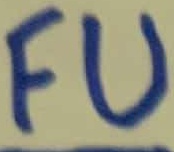
Text: FU